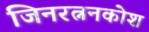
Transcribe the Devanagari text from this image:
जिनरत्ननकोश